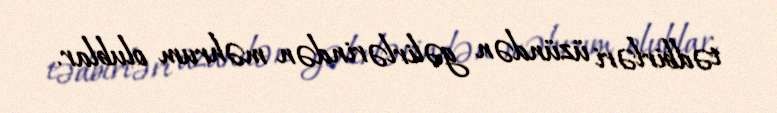
tədbirləri üzündən gəlirlərindən məhrum olublar.